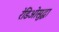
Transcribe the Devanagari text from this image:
रेडिओसुद्धा